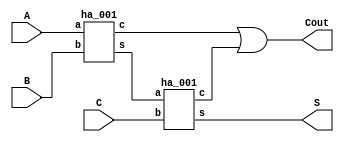
module fa_using_ha(A,B,C,Cout,S);
input A,B,C;
output Cout,S;
wire C1,C2,S1;

ha_001 f1(A, B, C1, S1);
ha_001 f2(S1, C, C2, S);
assign Cout = C1|C2;
endmodule

module ha_001(a,b,c,s);
input a,b;
output c,s;
assign c = a&b;
assign s = a^b;
endmodule